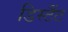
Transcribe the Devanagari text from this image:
डिस्टैंट